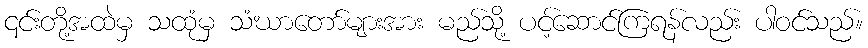
၎င်းတို့အထဲမှ သထုံမှ သံဃာတော်များအား မည်သို့ ပင့်ဆောင်ကြရန်လည်း ပါဝင်သည်။